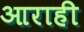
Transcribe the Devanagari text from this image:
आराही